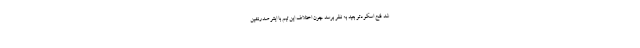
شد فتح اسکودتو بعید به نظر برسد چون اختلاف این تیم با اینتر صدرنشین